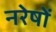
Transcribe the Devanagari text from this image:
नरेषों